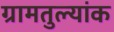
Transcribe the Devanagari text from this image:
ग्रामतुल्यांक